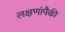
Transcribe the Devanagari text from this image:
लक्षणांपैकी